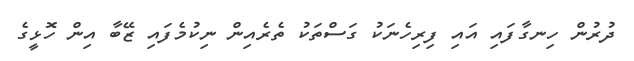
ދުރުން ހިނގާފައި އައި ފިރިހެނަކު ގަސްތަކު ތެރެއިން ނިކުމެފައި ޒޭބާ އިން ހޮޅީގެ